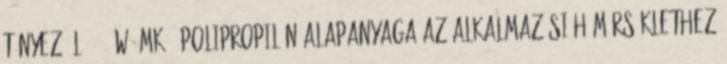
tényező l=0,21 W mK . Polipropilén alapanyaga az alkalmazási hőmérséklethez